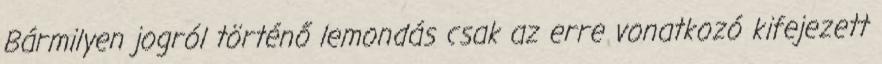
Bármilyen jogról történő lemondás csak az erre vonatkozó kifejezett